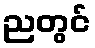
ညတွင်